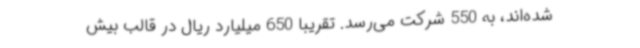
شده‌اند، به 550 شرکت می‌رسد. تقریباً 650 میلیارد ریال در قالب بیش